Annual report of the Punjab Veterinary College and of the Civil Veterinary Department, Punjab - 1909-1919
Year: 1909
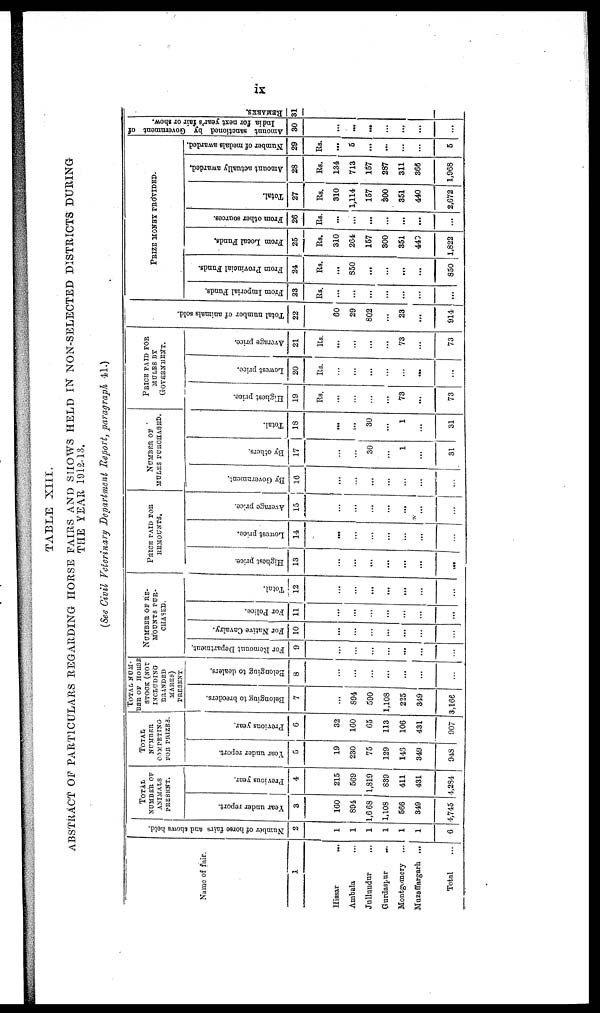
ix
TABLE XIII.
ABSTRACT OF PARTICULARS REGARDING HORSE FAIRS AND SHOWS HELD IN NON-SELECTED DISTRICTS DURING
THE YEAR 1912-13.
(See Civil Veterinary Department Report, paragraph 41.)
Name of fair.
1
Hissar
...
Ambala ...
Jullundur ...
Gurdaspur
...
Montgomery ...
Muzaffargarh ...
Total ...
Number of horse fairs and shows held.
2
1
1
1
1
1
1
6
TOTAL
NUMBER OF
ANIMALS
PRESENT.
Year under report.
3
160
894
1,668
1,108
566
349
4,745
Previous year.
4
215
569
1,819
839
411
431
4,284
TOTAL
NUMBER
COMPETING
FOR PRIZES.
Year under report.
5
19
230
75
129
143
349
948
Previous year.
6
32
160
65
113
106
431
907
TOTAL NUM-
--- OF HORSE
STOCK (NOT
INCLUDING
BRANDED
MARES)
PRESENT.
Belonging to breeders.
7
...
894
590
1,108
225
349
3,166
Belonging
to dealers.
8
...
...
...
...
...
...
...
NUMBER
OF
RE-
------
PUR-
CHASED.
For Remount Department.
9
...
...
...
...
...
...
For Native Cavalry.
10
...
...
...
...
...
...
...
For Police.
11
...
...
...
...
...
...
...
Total.
12
...
...
...
...
...
...
...
PRICE PAID FOR
REMOUNTS.
Highest price.
13
...
...
...
...
...
...
...
Lowest price.
14
...
...
...
...
...
...
...
Average price.
15
...
...
...
...
...
...
...
NUMBER OF
MULES
PURCHASED.
By Government.
16
...
...
...
...
...
...
...
By others.
17
...
...
30
...
1
...
31
Total.
18
...
...
30
...
1
...
31
PRICE PAID FOR
MULES BY
GOVERNMENT.
Highest price.
19
Rs.
...
...
...
...
73
...
73
Lowest price.
20
Rs.
...
...
...
...
...
...
...
Average price.
21
Rs.
...
...
...
...
73
...
73
Total number of animals sold.
22
60
29
802
...
23
...
914
PRIZE MONEY PROVIDED.
From Imperial Funds.
23
Rs.
...
...
...
...
...
...
...
From Provincial Funds.
24
Rs.
...
850
...
...
...
...
850
From Local Funds.
25
Rs.
310
264
157
300
351
440
1,822
From other sources.
26
Rs.
...
...
...
...
...
...
...
Total.
27
Rs.
310
1,114
157
300
351
440
2,672
Amount actually awarded.
28
Rs.
134
713
157
287
311
366
1,968
Number of medals awarded.
29
Rs.
...
5
...
...
...
...
5
Amount sanctioned by Government of
India
for next year's fair or show.
30
...
...
...
...
...
...
...
REMARKS.
31